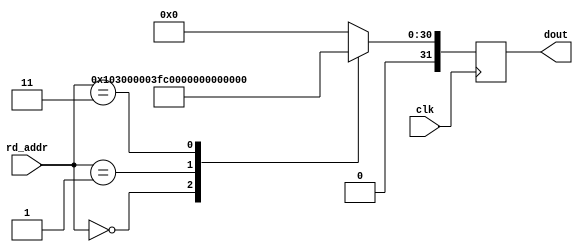
module ipsxe_floating_point_rom_c #(
    parameter EXP_WIDTH = 8,
    parameter MAN_WIDTH = 23
) (
    input clk,
    input [3:0] rd_addr,
    output reg [(1+EXP_WIDTH+MAN_WIDTH)-1:0] dout
);

always @(posedge clk) begin: blk_rom_c
    case(rd_addr)
    4'd0: dout <= {1'b0, 1'b1, {(EXP_WIDTH-2){1'b0}}, 1'b1, 1'b1, {(MAN_WIDTH-1){1'b0}}}; // 32'h40c00000; // 6;
    4'd1: dout <= {1'b0, {EXP_WIDTH{1'b1}}, {MAN_WIDTH{1'b0}}}; // +inf
    4'd2: dout <= 0;
    4'd3: dout <= {1'b0, {EXP_WIDTH{1'b1}}, 1'b1, {(MAN_WIDTH-1){1'b0}}}; // NaN
    default: dout <= 0;
    endcase
end

endmodule